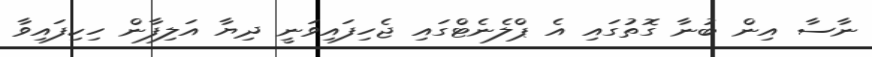
ނާސާ އިން ބުނާ ގޮތުގައި އެ ޕްލެނެޓްގައި ޖެހިފައިވަނީ ދިޔާ އަލިފާން ހިކިފައިވާ